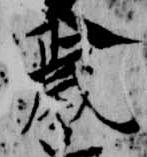
歳